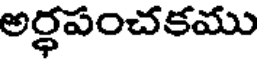
అర్ధపంచకము